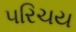
૫રિચય